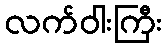
လက်ဝါးကြီး